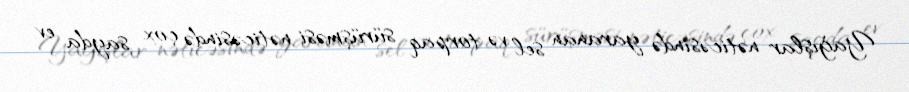
Yağışlar nəticəsində yaranan sel və torpaq sürüşməsi nəticəsində çox sayda ev